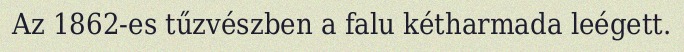
Az 1862-es tűzvészben a falu kétharmada leégett.